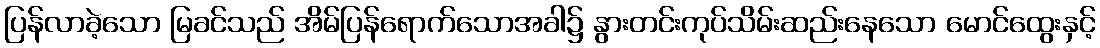
ပြန်လာခဲ့သော မြခင်သည် အိမ်ပြန်ရောက်သောအခါ၌ နွားတင်းကုပ်သိမ်းဆည်းနေသော မောင်ထွေးနှင့်